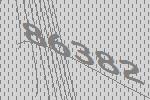
86382